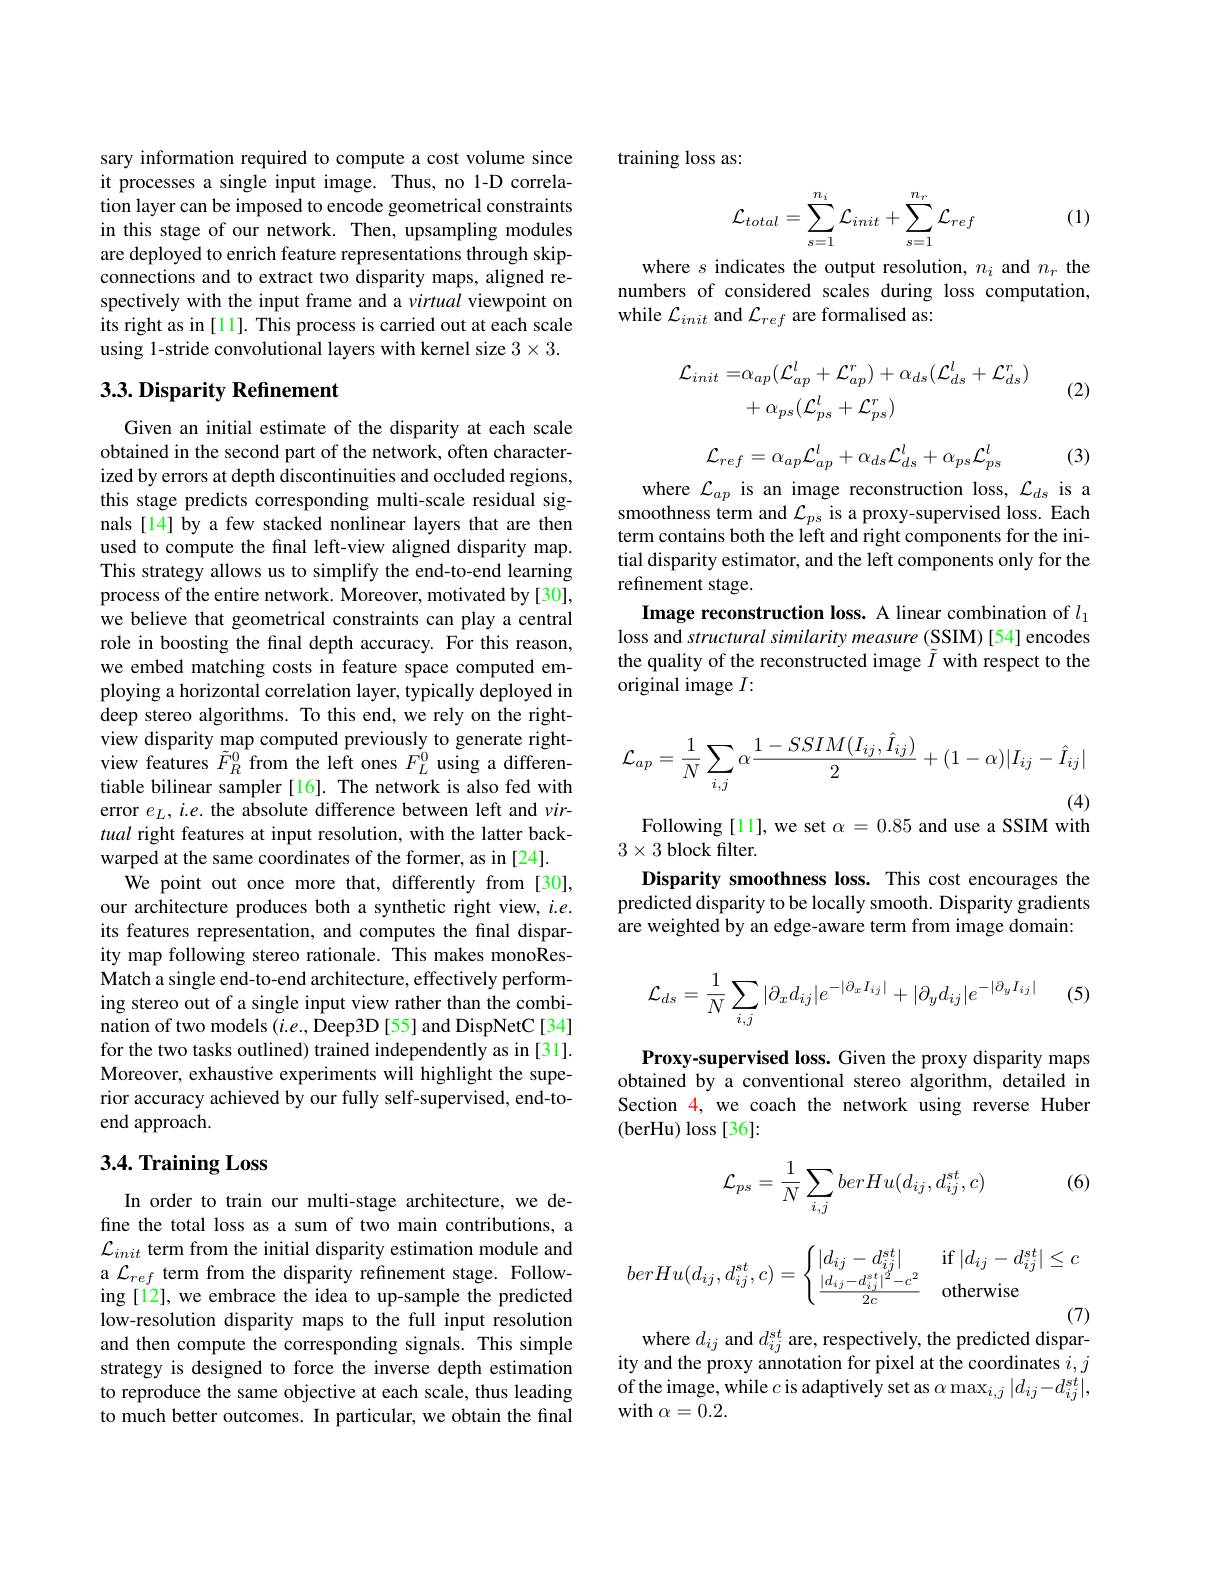
sary information required to compute a cost volume since it processes a single input image. Thus, no 1-D correlation layer can be imposed to encode geometrical constraints in this stage of our network. Then, upsampling modules are deployed to enrich feature representations through skipconnections and to extract two disparity maps, aligned respectively with the input frame and a virtual viewpoint on its right as in [11]. This process is carried out at each scale using 1-stride convolutional layers with kernel size $3\times3.$

## $3. 3. \textbf{Disparity Refinement}$

Given an initial estimate of the disparity at each scale obtained in the second part of the network, often characterized by errors at depth discontinuities and occluded regions, this stage predicts corresponding multi-scale residual signals [14] by a few stacked nonlinear layers that are then used to compute the final left-view aligned disparity map. This strategy allows us to simplify the end-to-end learning process of the entire network. Moreover, motivated by [30], we believe that geometrical constraints can play a central role in boosting the final depth accuracy. For this reason, we embed matching costs in feature space computed employing a horizontal correlation layer, typically deployed in deep stereo algorithms. To this end, we rely on the rightview disparity map computed previously to generate rightview features $\tilde{F}_R^0$ from the left ones $F_L^0$ using a differentiable bilinear sampler[16]. The network is also fed with error $e_L,i.e.$ the absolute difference between left and virtual right features at input resolution, with the latter backwarped at the same coordinates of the former, as in [24].
We point out once more that, differently from[30], our architecture produces both a synthetic right view, $i.e.$ its features representation, and computes the final disparity map following stereo rationale. This makes monoResMatch a single end-to-end architecture, effectively performing stereo out of a single input view rather than the combination of two models $(i.e.$,Deep3D [55] and DispNetC[34] for the two tasks outlined) trained independently as in [31]. Moreover, exhaustive experiments will highlight the superior accuracy achieved by our fully self-supervised, end-toend approach.

## 3.4. Training Loss

In order to train our multi-stage architecture, we define the total loss as a sum of two main contributions, a $\mathcal{L}_{init}$ term from the initial disparity estimation module and a $\mathcal{L}_{ref}$ term from the disparity refinement stage. Following [12], we embrace the idea to up-sample the predicted low-resolution disparity maps to the full input resolution and then compute the corresponding signals. This simple strategy is designed to force the inverse depth estimation to reproduce the same objective at each scale, thus leading to much better outcomes. In particular, we obtain the final

training loss as:

(1)
$$\mathcal{L}_{total}=\sum_{s=1}^{n_i}\mathcal{L}_{init}+\sum_{s=1}^{n_r}\mathcal{L}_{ref}$$
where $s$ indicates the output resolution, $n_i$ and $n_r$ the numbers of considered scales during loss computation, while $\mathcal{L}_{init}$ and $\mathcal{L}_{ref}$ are formalised as:

(2)
$$\begin{aligned}\mathcal{L}_{init}=&\alpha_{ap}(\mathcal{L}_{ap}^{l}+\mathcal{L}_{ap}^{r})+\alpha_{ds}(\mathcal{L}_{ds}^{l}+\mathcal{L}_{ds}^{r})\\&+\alpha_{ps}(\mathcal{L}_{ps}^{l}+\mathcal{L}_{ps}^{r})\end{aligned}$$
$$\mathcal{L}_{ref}=\alpha_{ap}\mathcal{L}_{ap}^{l}+\alpha_{ds}\mathcal{L}_{ds}^{l}+\alpha_{ps}\mathcal{L}_{ps}^{l}$$
(3)

where $\mathcal{L}_ap$ is an image reconstruction loss, $\mathcal{L}_ds$ is a smoothness term and $\mathcal{L}_ps$ is a proxy-supervised loss. Each term contains both the left and right components for the initial disparity estimator, and the left components only for the refinement stage.
Image reconstruction loss. A linear combination of $l_1$ loss and structural similarity measure (SSIM) [54] encodes the quality of the reconstructed image $\tilde{I}$ with respect to the original image $I:$
$$\mathcal{L}_{ap}=\frac{1}{N}\sum_{i,j}\alpha\frac{1-SSIM(I_{ij},\hat{I}_{ij})}{2}+(1-\alpha)|I_{ij}-\hat{I}_{ij}|$$
Following [11], we set $\alpha=0.85$ and use a SSIM with

$3\times3$ block filter.
Disparity smoothness loss. This cost encourages the predicted disparity to be locally smooth. Disparity gradients are weighted by an edge-aware term from image domain:

(5)
$$\begin{aligned}\mathcal{L}_{ds}&=\frac{1}{N}\sum_{i,j}|\partial_xd_{ij}|e^{-|\partial_xI_{ij}|}+|\partial_yd_{ij}|e^{-|\partial_yI_{ij}|}\end{aligned}$$
Proxy-supervised loss. Given the proxy disparity maps obtained by a conventional stereo algorithm, detailed in Section 4, we coach the network using reverse Huber (berHu) loss [36]:

(6)
$$\mathcal{L}_{ps}=\frac{1}{N}\sum_{i,j}berHu(d_{ij},d_{ij}^{st},c)$$
$$berHu(d_{ij},d_{ij}^{st},c)=\begin{cases}|d_{ij}-d_{ij}^{st}|&\text{if}|d_{ij}-d_{ij}^{st}|\leq c\\\frac{|d_{ij}-d_{ij}^{st}|^2-c^2}{2c}&\text{otherwise}\end{cases}$$
(7)
where $d_ij$ and $d_ij^{st}$ are, respectively, the predicted dispar-

ity and the proxy annotation for pixel at the coordinates $i,j$ of the image, while $c$ is adaptively set as $\alpha\max_i,j|d_{ij}-d_{ij}^{st}|$, with $\alpha=0.2.$